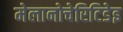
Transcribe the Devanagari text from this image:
मेलानोचेरिटिडेइ